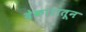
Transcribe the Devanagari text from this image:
देकारातून